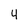
Character: 4